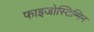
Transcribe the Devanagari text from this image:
फाइजोस्टिग्मिन